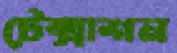
টেক্সাশন